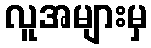
လူအများမှ